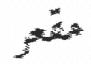
مقعر